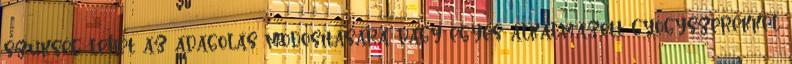
szükség lehet az adagolás módosítására vagy egyes alkalmazott gyógyszerekkel